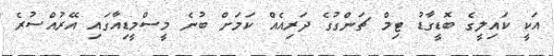
އަކީ ކައިލީގެ ބޮޑީގާޑު ޓިމް ޗަންގުގެ ދަރިއެއް ކަމަށް ބުނެ މީސްމީޑިއާގައި އޭރުއްސުރެ